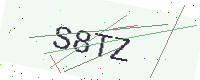
Text: S8TZ